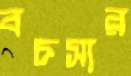
বচসার